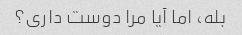
بله، اما آیا مرا دوست داری؟